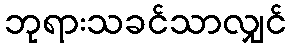
ဘုရားသခင်သာလျှင်